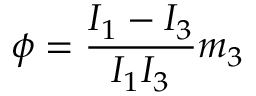
\phi = \frac { I _ { 1 } - I _ { 3 } } { I _ { 1 } I _ { 3 } } m _ { 3 }